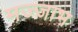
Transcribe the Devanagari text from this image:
मज्जाभ